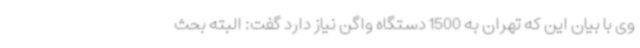
وی با بیان این که تهران به 1500 دستگاه واگن نیاز دارد گفت: البته بحث